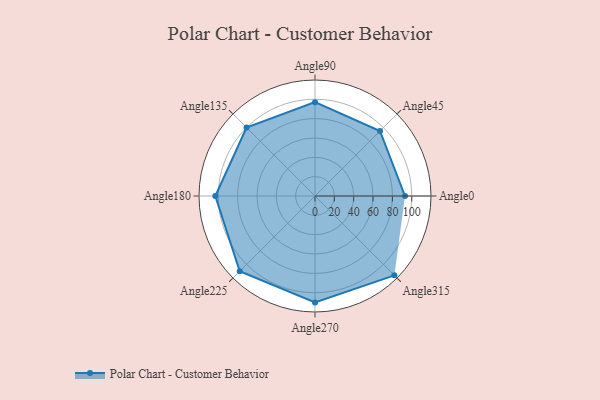
{"axis": {"x": "Angle", "y": "Radius"}, "legend": [""], "data": [{"x": "Angle0", "y": 93.0, "type": ""}, {"x": "Angle45", "y": 95.0, "type": ""}, {"x": "Angle90", "y": 97.0, "type": ""}, {"x": "Angle135", "y": 100.0, "type": ""}, {"x": "Angle180", "y": 103.0, "type": ""}, {"x": "Angle225", "y": 110.0, "type": ""}, {"x": "Angle270", "y": 110.0, "type": ""}, {"x": "Angle315", "y": 116.0, "type": ""}]}